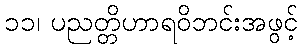
၁၁၊ ပညတ္တိဟာရဝိဘင်းအဖွင့်